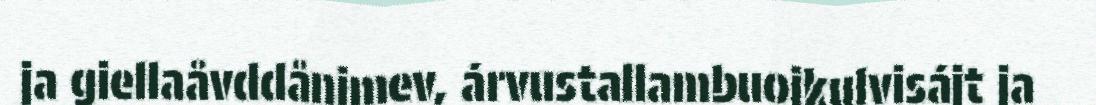
ja giellaåvddånimev, árvustallambuojkulvisájt ja